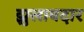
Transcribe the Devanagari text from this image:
झुलावदार